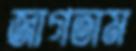
জাগতাম